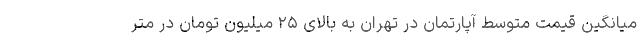
میانگین قیمت متوسط آپارتمان در تهران به بالای ۲۵ میلیون تومان در متر